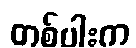
တစ်ပါးက